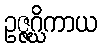
ဥဇ္ဇဂ္ဃိကာယ